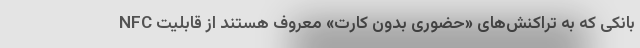
بانکی که به تراکنش‌های «حضوری بدون کارت» معروف هستند از قابلیت NFC